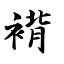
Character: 褙